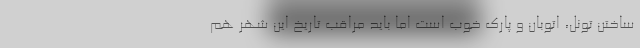
ساختن تونل، اتوبان و پارک خوب است اما باید مراقب تاریخ این شهر هم